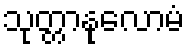
သုတ္တာနုလောမံ